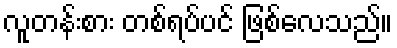
လူတန်းစား တစ်ရပ်ပင် ဖြစ်လေသည်။